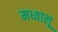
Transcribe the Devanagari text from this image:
मध्वालू